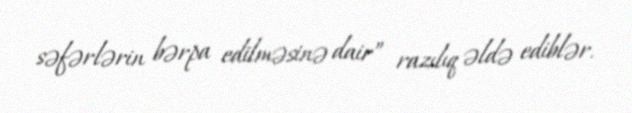
səfərlərin bərpa edilməsinə dair” razılıq əldə ediblər.